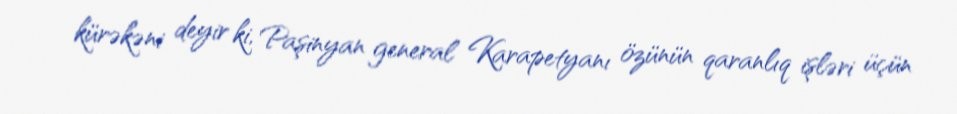
kürəkəni deyir ki, Paşinyan general Karapetyanı özünün qaranlıq işləri üçün